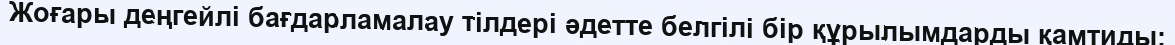
Жоғары деңгейлі бағдарламалау тілдері әдетте белгілі бір құрылымдарды қамтиды: